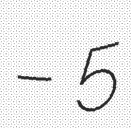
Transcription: – 5